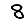
Digit: 8